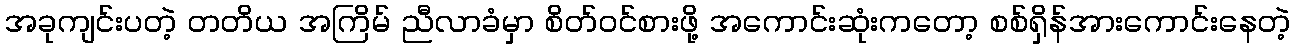
အခုကျင်းပတဲ့ တတိယ အကြိမ် ညီလာခံမှာ စိတ်ဝင်စားဖို့ အကောင်းဆုံးကတော့ စစ်ရှိန်အားကောင်းနေတဲ့